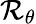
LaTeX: \mathcal{R}_{\theta}